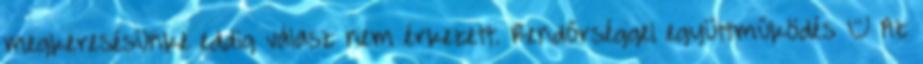
megkeresésünke eddig válasz nem érkezett. Rendőrséggel együttműködés – Az